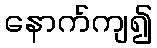
နောက်ကျ၍